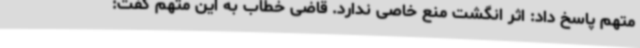
متهم پاسخ داد: اثر انگشت منع خاصی ندارد. قاضی خطاب به این متهم گفت: